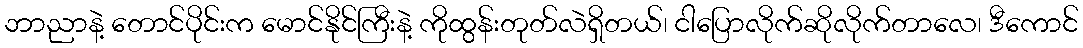
ဘာညာနဲ့ တောင်ပိုင်းက မောင်နိုင်ကြီးနဲ့ ကိုထွန်းတုတ်လဲရှိတယ်၊ ငါပြောလိုက်ဆိုလိုက်တာလေ၊ ဒီကောင်